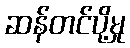
ဆန်တင်ပို့မှု